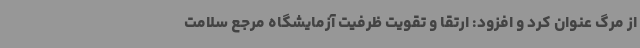
از مرگ عنوان کرد و افزود: ارتقا و تقویت ظرفیت آزمایشگاه مرجع سلامت